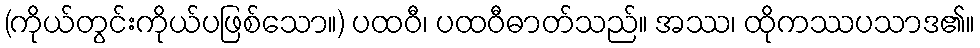
(ကိုယ်တွင်းကိုယ်ပဖြစ်သော။) ပထဝီ၊ ပထဝီဓာတ်သည်။ အဿ၊ ထိုကဿပသာဒ၏။